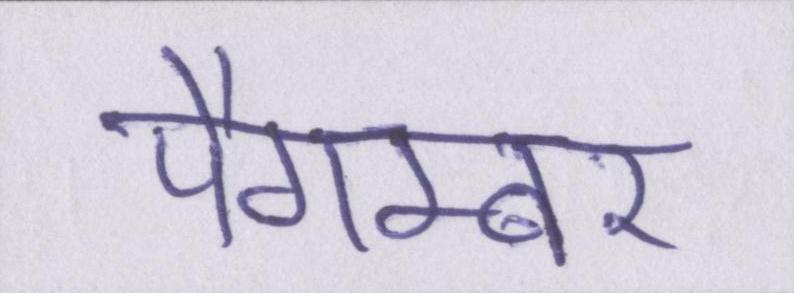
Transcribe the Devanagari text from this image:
पैगम्बर